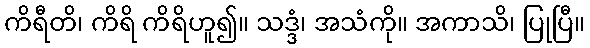
ကိရီတိ၊ ကိရိ ကိရိဟူ၍။ သဒ္ဒံ၊ အသံကို။ အကာသိ၊ ပြုပြီ။